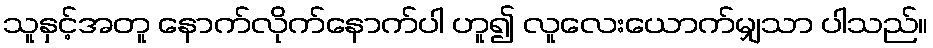
သူနှင့်အတူ နောက်လိုက်နောက်ပါ ဟူ၍ လူလေးယောက်မျှသာ ပါသည်။